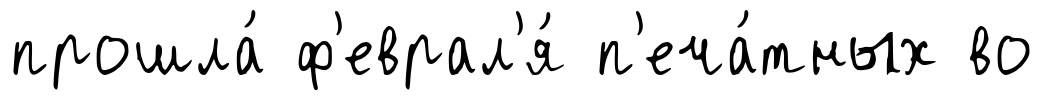
прошла́ ф'еврал'я́ п'еча́тных во